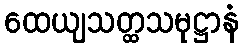
ထေယျသတ္ထသမုဋ္ဌာနံ